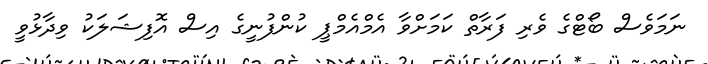
ނަމަވެސް ބޯޓްގެ ވެރި ފަރާތް ކަމަށްވާ އެމްއެމްޕީ ކުންފުނީގެ އިސް އޮފިޝަލަކު ވިދާޅުވީ